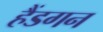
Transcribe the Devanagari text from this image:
हैंडगन